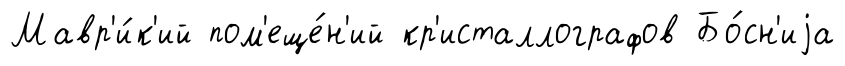
Мавр'и́к'ий пом'еще́н'ий кр'исталлографов Бо́сн'иjа